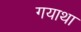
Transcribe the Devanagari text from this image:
गयाथा